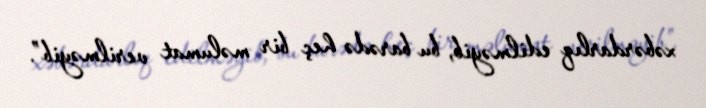
xəbərdarlıq edilməyib, bu barədə heç bir məlumat verilməyib”.